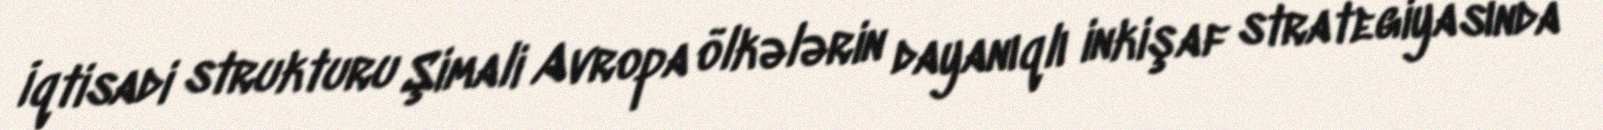
İqtisadi strukturu Şimali Avropa ölkələrin dayanıqlı inkişaf strategiyasında